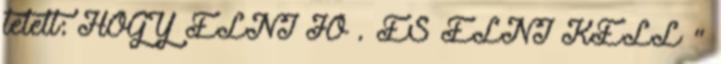
tételt: HOGY ÉLNI JÓ . ÉS ÉLNI KELL "